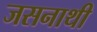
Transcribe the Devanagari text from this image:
जसनाथी